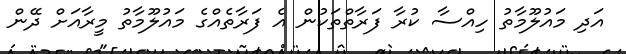
އަދި މައުލޫމާތު ހިއްސާ ކުރާ ފަރާތްތަކުން އެ ފަރާތެއްގެ މައުލޫމާތު މީރާއަށް ދޭން